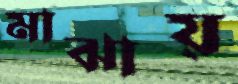
মাঝায়